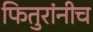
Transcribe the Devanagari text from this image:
फितुरांनीच